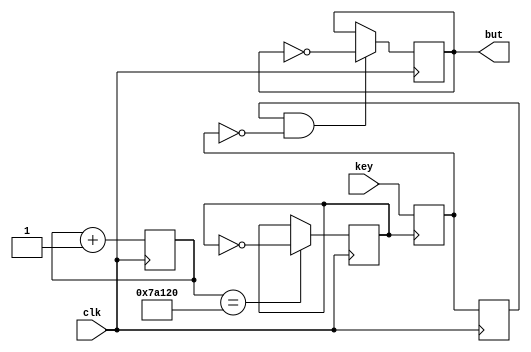
`timescale 1ns / 1ps
//////////////////////////////////////////////////////////////////////////////////
// Company: 
// Engineer: 
// 
// Design Name: 
// Module Name: key_but
// Project Name: 
// Target Devices: 
// Tool Versions: 
// Description: 
// 
// Dependencies: 
// 
// Revision:
// Revision 0.01 - File Created
// Additional Comments:
// 
//////////////////////////////////////////////////////////////////////////////////


module key_but(
    input clk,
    input key,
    output reg but
    );
    
    
    reg sysclk;
    reg [18:0] cnt_20;
    always @(posedge clk) begin
        cnt_20 <= cnt_20 + 1;
        if(cnt_20 == 19'd500000) sysclk <= ~sysclk;
    end
    
    reg low;
    
    always @(posedge sysclk) begin
        low <= key;
    end
    
    reg low_r;
   
    always @(posedge clk) begin
       low_r <= low;  
    end 
   
    wire but_c;
    assign but_c = low_r & (!low);
   
    always @(posedge clk) begin
        if(but_c == 1) but <=  ~but;
    end
    
endmodule